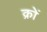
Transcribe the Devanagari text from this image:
क्रों